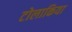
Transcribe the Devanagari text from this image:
टोलाकिया